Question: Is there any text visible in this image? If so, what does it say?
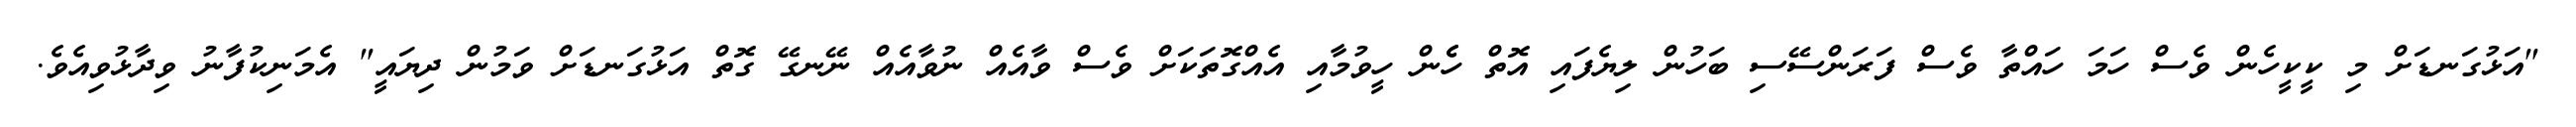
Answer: "އަޅުގަނޑަށް މި ކީކީހެން ވެސް ހަމަ ހައްތާ ވެސް ފަރަންސޭސި ބަހުން ލިޔެފައި އޮތް ހެެން ހީވުމާއި އެއްގޮތަކަށް ވެސް ވާއެއް ނުވާއެއް ނޭނގޭ ގޮތް އަޅުގަނޑަށް ވަމުން ދިޔައީ" އެމަނިކުފާނު ވިދާޅުވިއެވެ.